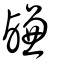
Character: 鹻